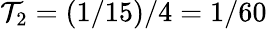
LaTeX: \mathcal{T}_{2}=(1/15)/4=1/60